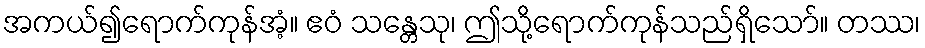
အကယ်၍ရောက်ကုန်အံ့။ ဧဝံ သန္တေသု၊ ဤသို့ရောက်ကုန်သည်ရှိသော်။ တဿ၊